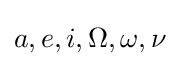
a,e,i,\Omega ,\omega ,\nu